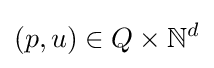
(p,u)\in Q\times \mathbb {N} ^{d}